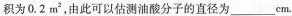
积为0.2m^{2}，由此可以估测油酸分子的直径为___cm。